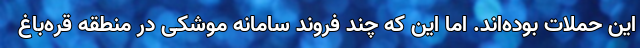
این حملات بوده‌اند. اما این که چند فروند سامانه موشکی در منطقه قره‌باغ